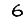
Digit: 6